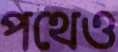
পথেও